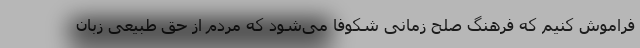
فراموش کنیم که فرهنگ صلح زمانی شکوفا می‌شود که مردم از حق طبیعی زبان